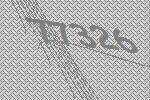
77326